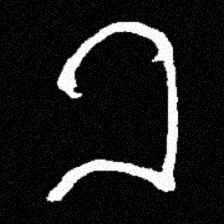
Pyu character \u2014 Myanmar letter: ခ (romanized: kha)